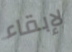
لإبقاء